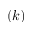
( k )